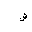
Letter: _shin